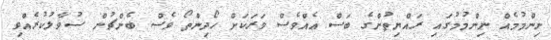
ނިންމުމެއް ނިންމުމުގައި ރައްޔިތުންގެ ބަސް އެއްވެސް ވަރަކަށް ހޯދިންތޯ ވެސް ބެންޗުން ސުވާލުކުރެއްވި